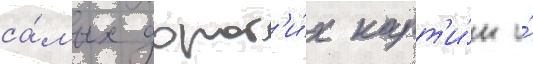
са́мых дорог'и́х карт'и́н и́